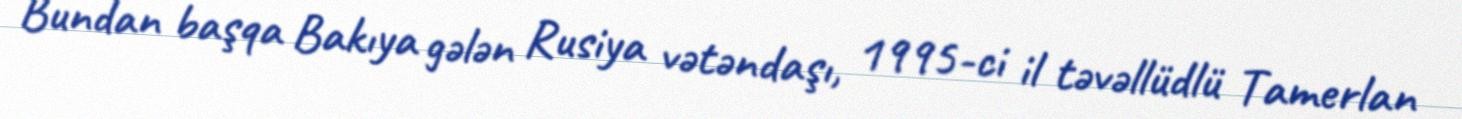
Bundan başqa Bakıya gələn Rusiya vətəndaşı, 1995-ci il təvəllüdlü Tamerlan